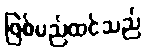
ဖြစ်မည်ထင်သည်